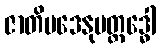
ဇာတိမဒေနုပတ္ထဒ္ဓေါ